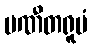
ပဏီတရူပံ